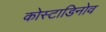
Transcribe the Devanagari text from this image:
कोस्टाडिनोव